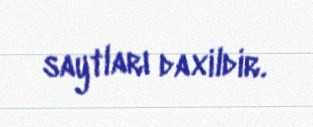
saytları daxildir.